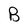
Character: B